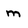
Character: m